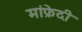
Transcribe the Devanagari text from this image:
मांफ्रेदी